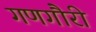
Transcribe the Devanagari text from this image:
गणगौरी